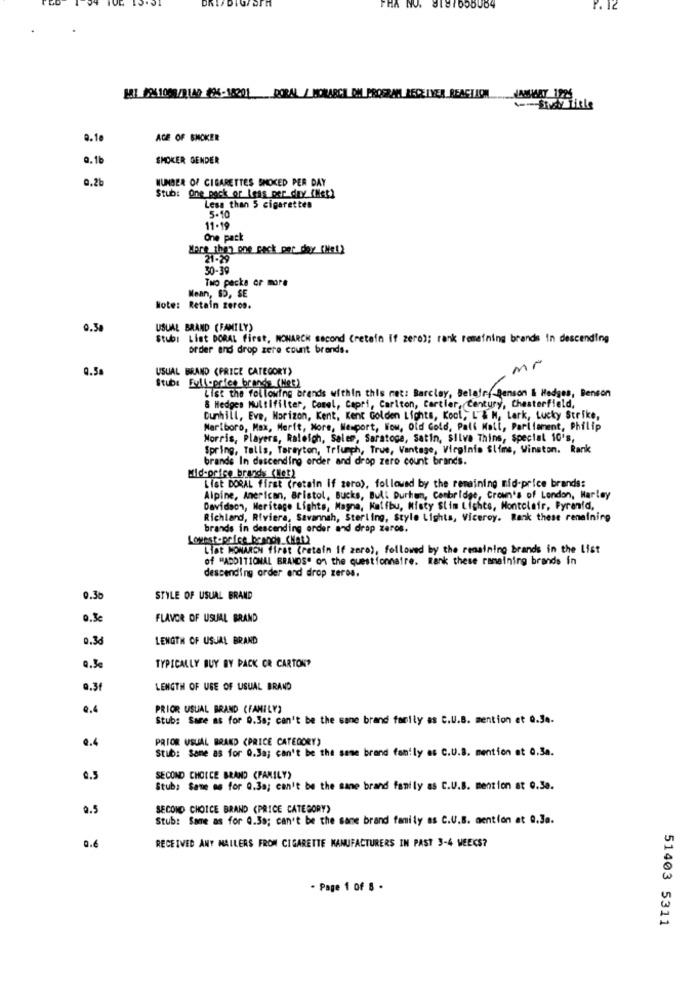
PHA NO. 9187055064
P. 12
131 8941058/2140 896-18201 PORAL/NORARCH OM PROGRAM RECEIVER REACTION AJANSIARY 1926
0.10
ACE OF SMOKER
0.1b
SMOKER GENDER
0.26
NUMBER OF CIGARETTES SMOKED PER DAY
Stub: One pack or less per day (Net)
Less than 5 cigarettes
5-10
11-19
One pack
More than one cack per day (Met)
30-39
Two pecka or more
Mean, $5, SE
Note: Retain zeros.
0.38
USUAL BRAND (FAMILY)
Stub: List DORAL First, MONARCH second (retain If zero); rank remaining brands in descending
order and drop zere count brands.
Mr
0.5
USUAL BRAND (PRICE CATEGORY)
Stube Full-price brands (Met)
List the following brands within this met: Barclay, Belafry Benson & Hedges, Benson
& Hedges Multifilter, Comel, Capri, Carlton, Cartier, Century, Chesterfield,
Dunhill, Eve, Horizon, Kent, Kent Golden Lights, Kool, L & N, Lark, Lucky Strike,
Marlboro, Max, Merit, More, Wesport, Wow, Old Gold, Pall Mall, Parliament, Philip
Norris, Players, Raleigh, Salem, Saratoga, Satin, Silva Thins, special 10's,
Spring, Talls, Tarayton, Triumph, True, Vantage, Virginia Slims, Winston. Rank
brands In descending order and drop zero count brands.
Mid-price brands (Net)
List DORAL first (retain if zero), followed by the remaining mid-price brands:
Alpine, American, Bristol, Bucks, Bull Durham, Cambridge, Crown's of London, Marley
Davidson, Meritage Lights, Magna, Kalfbu, Misty Slim Lights, Montclair, Pyranid.
Richland, Riviera, Savannah, Sterling, Style Lights, Viceroy. Rank these reneining
brands in descending order and drap zeros.
Lowest-price brands_(Hat)
List MONARCH first (retain if zero), followed by the remaining brands in the List
of "ADDITIONAL BRANDS" on the questionnaire. Rank these remaining brands in
descending order and drop zeros.
0.30
STYLE OF USUAL BRAND
0.3c
FLAVOR OF USUAL BRAND
0,34
LENGTH OF USJAL BRAND
0.3€
TYPICALLY BUY BY PACK CR CARTON?
0.3f
LENGTH OF USE OF USUAL BRAND
0.4
PRIOR USUAL BRAND (FAMILY"
Stub: Sare as for 0.38; can't be the same brand family as c.U.B. mention et 0.3 ..
0.4
PRIOR USUAL BRAND (PRICE CATEGORY)
Stub: Same as for 0.3a; can't be the same brand family as C.U.B. mention at 0.3a.
0.5
SECOND CHOICE BRAND (PANILY)
Stub: Same as for 0.3a; can't be the same brand family as C.U.B. mention at G.30.
0.5
SECOND CHOICE BRAND (PRICE CATEGORY)
Stub: Same as for 0.39; can't be the same brand family as C.U.B. mention at Q.3a.
0.6
RECEIVED ANY NAILERS FRON CIGARETTE MANUFACTURERS IN PAST 3-4 WEEKS?
- Page 1 of 8 -
51403 5311